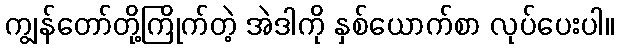
ကျွန်တော်တို့ကြိုက်တဲ့ အဲဒါကို နှစ်ယောက်စာ လုပ်ပေးပါ။